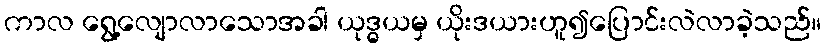
ကာလ ရွေ့လျောလာသောအခါ ယုဒ္ဓယမှ ယိုးဒယားဟူ၍ပြောင်းလဲလာခဲ့သည်။